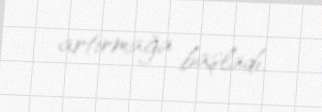
artırmağa başladı.